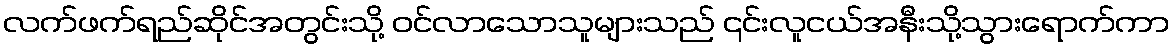
လက်ဖက်ရည်ဆိုင်အတွင်းသို့ ဝင်လာသောသူများသည် ၎င်းလူငယ်အနီးသို့သွားရောက်ကာ